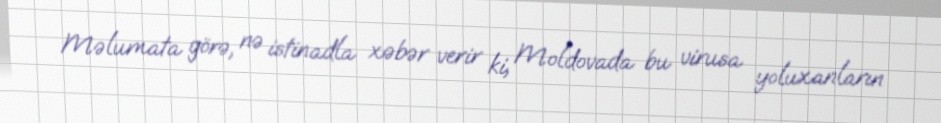
Məlumata görə, nə istinadla xəbər verir ki, Moldovada bu virusa yoluxanların